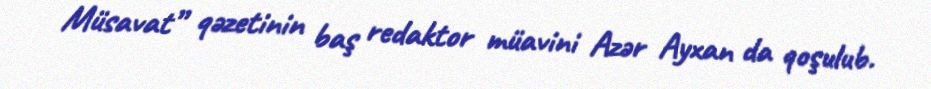
Müsavat” qəzetinin baş redaktor müavini Azər Ayxan da qoşulub.